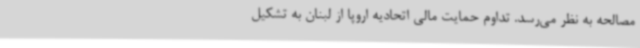
مصالحه به نظر می‌رسد. تداوم حمایت مالی اتحادیه اروپا از لبنان به تشکیل